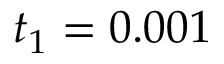
t _ { 1 } = 0 . 0 0 1